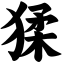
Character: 猱